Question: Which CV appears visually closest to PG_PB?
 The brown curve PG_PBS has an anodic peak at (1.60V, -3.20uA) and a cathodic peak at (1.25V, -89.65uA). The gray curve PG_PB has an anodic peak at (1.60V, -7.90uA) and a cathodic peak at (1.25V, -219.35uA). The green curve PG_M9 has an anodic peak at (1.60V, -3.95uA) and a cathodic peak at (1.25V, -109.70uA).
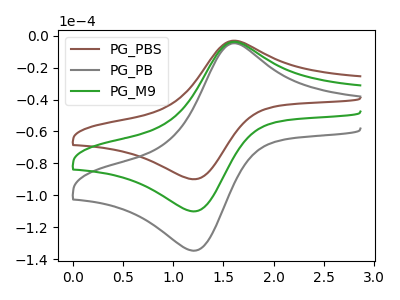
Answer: <think>All the peaks in "PG_PBS" have a peak in "PG_PB" at the same potential. All the peaks in "PG_PBS" have a peak in "PG_M9" at the same potential. All the peaks in "PG_PB" have a peak in "PG_M9" at the same potential.
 </think>
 <answer>"PG_PB" and "PG_M9" have a similar shape to "PG_PBS".</answer>
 <eval>"PG_PB" "PG_M9"</eval>